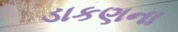
ડાકણના